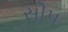
સીપ